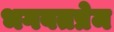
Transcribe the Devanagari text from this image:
भगवतप्रेम